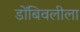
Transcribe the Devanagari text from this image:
डोंबिवलीला